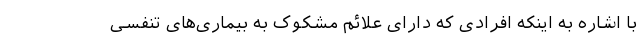
با اشاره به اینکه افرادی که دارای علائم مشکوک به بیماری‌های تنفسی